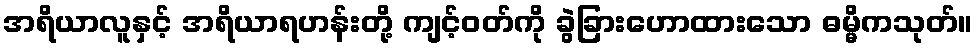
အရိယာလူနှင့် အရိယာရဟန်းတို့ ကျင့်ဝတ်ကို ခွဲခြားဟောထားသော ဓမ္မိကသုတ်။